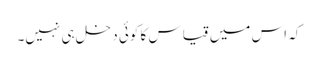
کہ اس میں قیاس کا کوئی دخل ہی نہیں۔